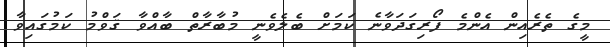
މީގެ ތެރެއިން އެންމެ ފޯރިގަދަވާނެ ކަމަށް ބެލެވެނީ މުބާރާތް ބާއްވާ ޤަވްމު ކަމުގައިވާ